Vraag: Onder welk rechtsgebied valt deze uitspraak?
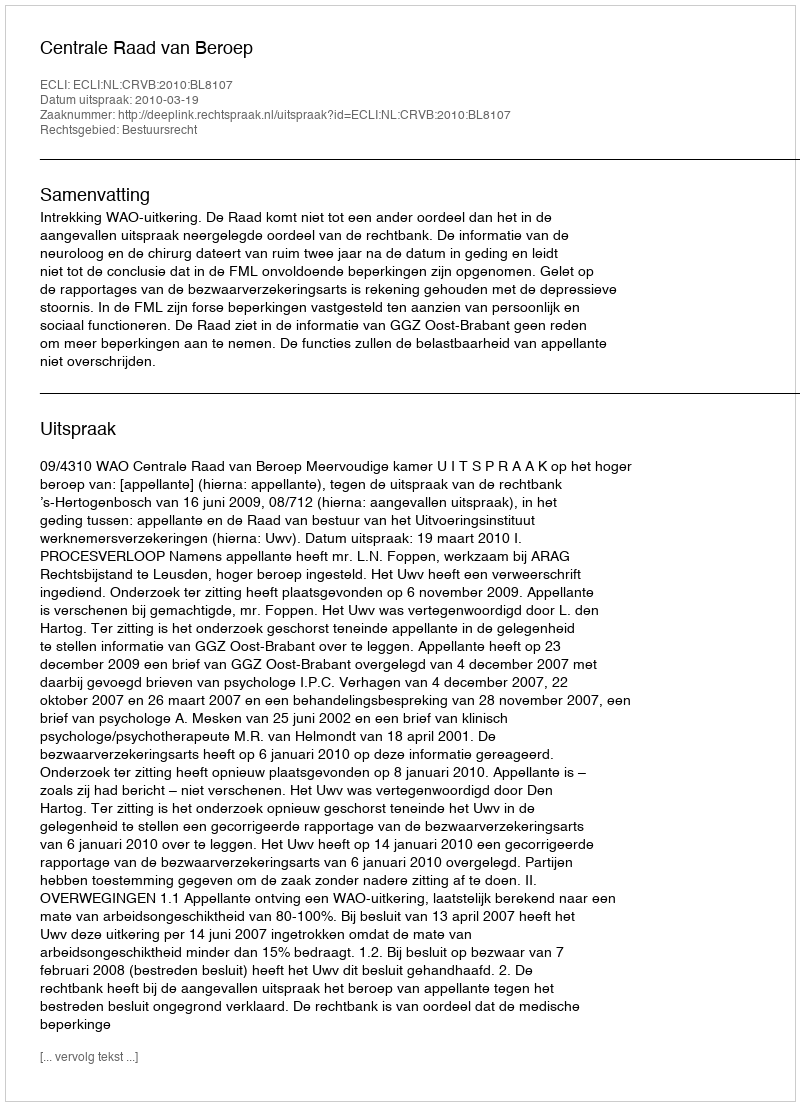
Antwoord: Bestuursrecht